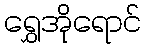
ရွှေအိုရောင်